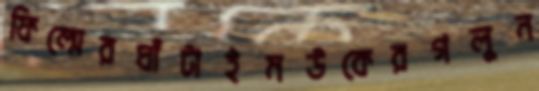
ফিল্মেরঘাঁটাইমউকেরগলুন